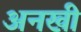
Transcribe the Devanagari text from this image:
अनखी